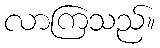
လာကြသည်။